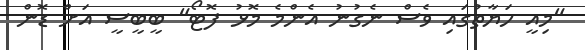
"މިއީ ހަޔާތުގައި ވެސް ނެގުނު އެންމެ މޮޅު ފޮޓޯ" ބީބީސީ އަށް ޑޮން